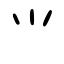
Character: ⺌